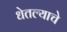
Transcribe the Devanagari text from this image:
धेतल्याचे